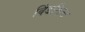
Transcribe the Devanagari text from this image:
विंडशिल्ट